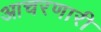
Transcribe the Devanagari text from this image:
आचरणारी